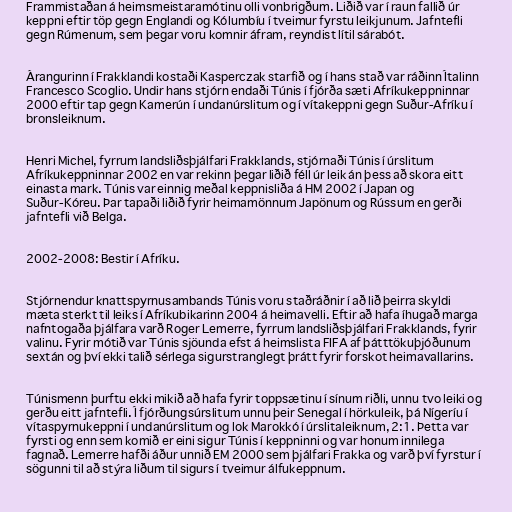
Frammistaðan á heimsmeistaramótinu olli vonbrigðum. Liðið var í raun fallið úr
keppni eftir töp gegn Englandi og Kólumbíu í tveimur fyrstu leikjunum. Jafntefli
gegn Rúmenum, sem þegar voru komnir áfram, reyndist lítil sárabót.

Árangurinn í Frakklandi kostaði Kasperczak starfið og í hans stað var ráðinn Ítalinn
Francesco Scoglio. Undir hans stjórn endaði Túnis í fjórða sæti Afríkukeppninnar
2000 eftir tap gegn Kamerún í undanúrslitum og í vítakeppni gegn Suður-Afríku í
bronsleiknum.

Henri Michel, fyrrum landsliðsþjálfari Frakklands, stjórnaði Túnis í úrslitum
Afríkukeppninnar 2002 en var rekinn þegar liðið féll úr leik án þess að skora eitt
einasta mark. Túnis var einnig meðal keppnisliða á HM 2002 í Japan og
Suður-Kóreu. Þar tapaði liðið fyrir heimamönnum Japönum og Rússum en gerði
jafntefli við Belga.

2002-2008: Bestir í Afríku.

Stjórnendur knattspyrnusambands Túnis voru staðráðnir í að lið þeirra skyldi
mæta sterkt til leiks í Afríkubikarinn 2004 á heimavelli. Eftir að hafa íhugað marga
nafntogaða þjálfara varð Roger Lemerre, fyrrum landsliðsþjálfari Frakklands, fyrir
valinu. Fyrir mótið var Túnis sjöunda efst á heimslista FIFA af þátttökuþjóðunum
sextán og því ekki talið sérlega sigurstranglegt þrátt fyrir forskot heimavallarins.

Túnismenn þurftu ekki mikið að hafa fyrir toppsætinu í sínum riðli, unnu tvo leiki og
gerðu eitt jafntefli. Í fjórðungsúrslitum unnu þeir Senegal í hörkuleik, þá Nígeríu í
vítaspyrnukeppni í undanúrslitum og lok Marokkó í úrslitaleiknum, 2:1. Þetta var
fyrsti og enn sem komið er eini sigur Túnis í keppninni og var honum innilega
fagnað. Lemerre hafði áður unnið EM 2000 sem þjálfari Frakka og varð því fyrstur í
sögunni til að stýra liðum til sigurs í tveimur álfukeppnum.